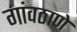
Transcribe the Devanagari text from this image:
गांवठाणे